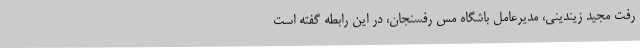
رفت مجید زیندینی، مدیرعامل باشگاه مس رفسنجان، در این رابطه گفته است